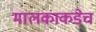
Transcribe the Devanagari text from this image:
मालकाकडेच